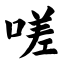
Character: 嗟